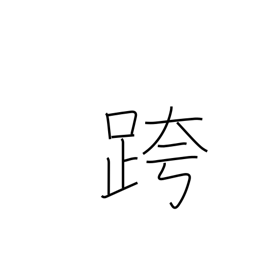
Meaning: straddle